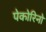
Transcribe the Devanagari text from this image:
पेकोरिनो